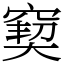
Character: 窫